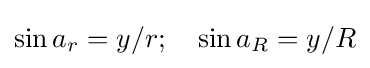
\sin a_{r}=y/r;\quad \sin a_{R}=y/R